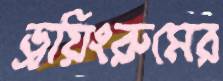
ড্রয়িংরুমের